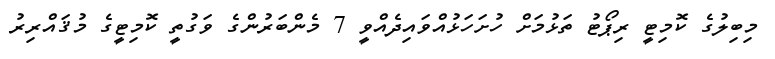
މިބިލުގެ ކޮމިޓީ ރިޕޯޓު ތަޅުމަށް ހުށަހަޅުއްވައިދެއްވީ 7 މެންބަރުންގެ ވަގުތީ ކޮމިޓީގެ މުޤައްރިރު